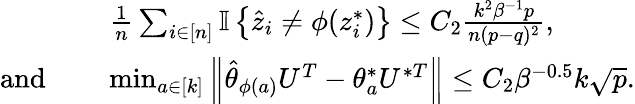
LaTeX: \begin{array}{rl}&{\frac{1}{n}\sum_{i\in[n]}{\mathbb{I}\left\{ {\hat{z}_{i}\neq\phi(z_{i}^{*})}\right\} }\leq C_{2}\frac{k^{2}\beta^{-1}p}{n(p-q)^{2}},}\\ {\mathrm{and~}\quad}&{\operatorname*{min}_{a\in[k]}\left\| {\hat{\theta}_{\phi(a)}U^{T}-\theta_{a}^{*}U^{*T}}\right\| \leq C_{2}\beta^{-0.5}k\sqrt{p}.}\end{array}